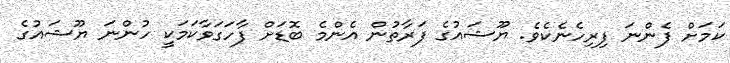
ކަމަށް ފެންނަ ފިރިހެނެކެވެ. ޔޫޝައުގެ ފަރާތުން އެންމެ ބޮޑަށް ފާހަގަވާކަމަކީ ހުންނަ ޔޫޝައުގެ